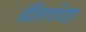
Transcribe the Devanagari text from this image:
ऑलिववेंडर